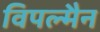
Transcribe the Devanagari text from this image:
विपल्मैन